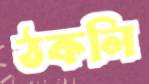
ঠকলি